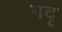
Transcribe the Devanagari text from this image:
गदृ